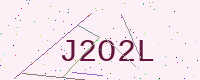
Text: J2O2L